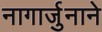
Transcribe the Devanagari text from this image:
नागार्जुनाने